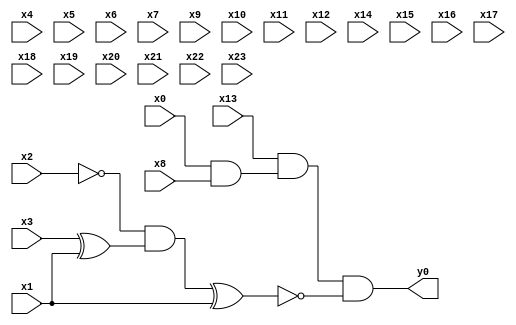
module top( x0 , x1 , x2 , x3 , x4 , x5 , x6 , x7 , x8 , x9 , x10 , x11 , x12 , x13 , x14 , x15 , x16 , x17 , x18 , x19 , x20 , x21 , x22 , x23 , y0 );
  input x0 , x1 , x2 , x3 , x4 , x5 , x6 , x7 , x8 , x9 , x10 , x11 , x12 , x13 , x14 , x15 , x16 , x17 , x18 , x19 , x20 , x21 , x22 , x23 ;
  output y0 ;
  wire n25 , n26 , n27 , n28 , n29 , n30 ;
  assign n25 = x0 & x8 ;
  assign n26 = x13 & n25 ;
  assign n27 = x3 ^ x1 ;
  assign n28 = ~x2 & n27 ;
  assign n29 = n28 ^ x1 ;
  assign n30 = n26 & ~n29 ;
  assign y0 = n30 ;
endmodule